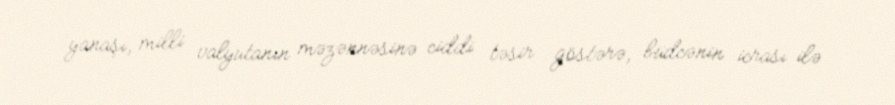
yanaşı, milli valyutanın məzənnəsinə ciddi təsir göstərə, büdcənin icrası ilə